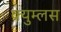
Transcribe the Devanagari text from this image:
क्युम्लस